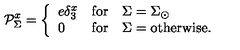
\mathcal { P } _ { \Sigma } ^ { x } = \left\{ \begin{array} { l c l } { e \delta _ { 3 } ^ { x } } & { \mathrm { f o r } } & { \Sigma = \Sigma _ { \odot } } \\ { 0 } & { \mathrm { f o r } } & { \Sigma = \mathrm { o t h e r w i s e . } \ } \\ \end{array} \right.